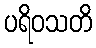
ပရိဝသတိ